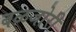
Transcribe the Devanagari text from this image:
बळजोरी